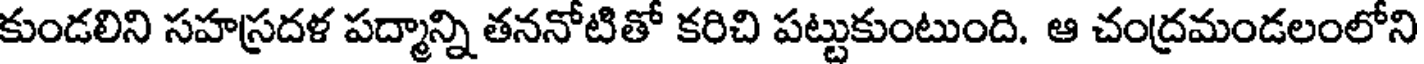
కుండలిని సహస్రదళ పద్మాన్ని తననోటితో కరిచి పట్టుకుంటుంది. ఆ చంద్రమండలంలోని